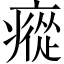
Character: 瘲